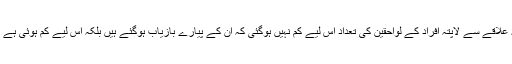
بینچ میں موجود جسٹس جواد ایس خواجہ کا کہنا تھا کہ علاقے سے لاپتہ افراد کے لواحقین کی تعداد اس لیے کم نہیں ہوگئی کہ ان کے پیارے بازیاب ہوگئے ہیں بلکہ اس لیے کم ہوئی ہے کہ ان کا اعتماد ملکی اداروں سے اٹھتا چلا جا رہا ہے۔